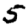
Digit: 5